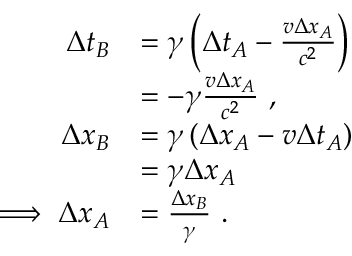
\begin{array} { r l } { \Delta t _ { B } } & { = \gamma \left( \Delta t _ { A } - \frac { v \Delta x _ { A } } { c ^ { 2 } } \right) } \\ & { = - \gamma \frac { v \Delta x _ { A } } { c ^ { 2 } } ~ , } \\ { \Delta x _ { B } } & { = \gamma \left( \Delta x _ { A } - v \Delta t _ { A } \right) } \\ & { = \gamma \Delta x _ { A } } \\ { \implies \Delta x _ { A } } & { = \frac { \Delta x _ { B } } { \gamma } ~ . } \end{array}